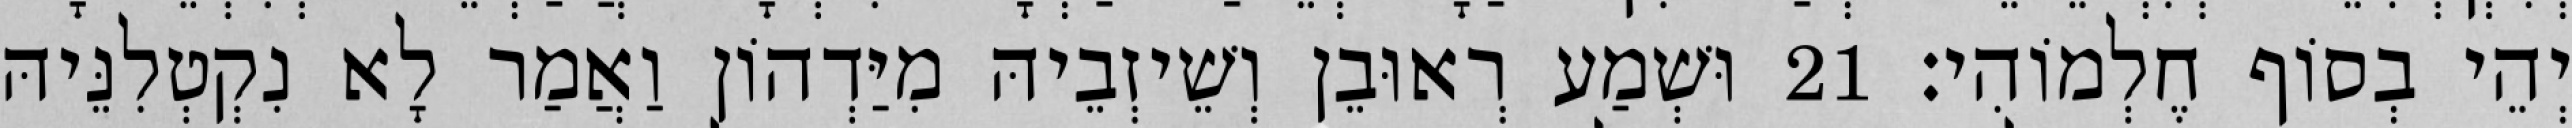
יְהֵי בְסוֹף חֶלְמוֹהִי׃ 21 וּשְׁמַע רְאוּבֵן וְשֵׁיזְבֵיהּ מִיַּדְהוֹן וַאֲמַר לָא נִקְטְלִנֵּיהּ